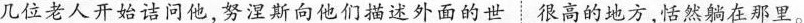
几位老人开始诘问他，努涅斯向他们描述外面的世很高的地方，恬然躺在那里。